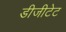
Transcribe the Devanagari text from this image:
डीजीटेट